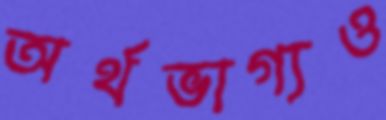
অর্থভাগ্যও